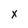
Character: X